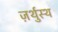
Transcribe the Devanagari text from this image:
ज़र्थुस्थ